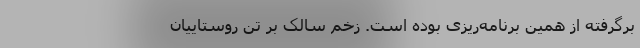
برگرفته از همین برنامه‌ریزی بوده است. زخمِ سالَک بر تن روستاییان